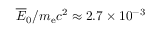
\overline { E } _ { 0 } / m _ { \mathrm { e } } c ^ { 2 } \approx 2 . 7 \times 1 0 ^ { - 3 }